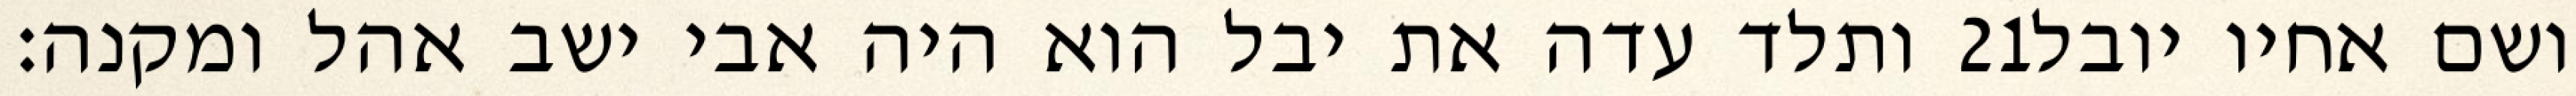
ותלד עדה את יבל הוא היה אבי ישב אהל ומקנה׃ ‎21‏ ושם אחיו יובל